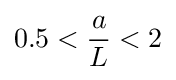
0.5<{\frac {a}{L}}<2